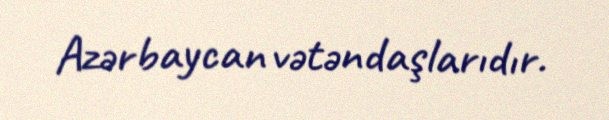
Azərbaycan vətəndaşlarıdır.